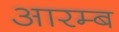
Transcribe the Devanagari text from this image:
आरम्ब